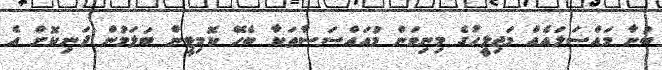
ބުނާ މައްސަލައެއް މަޖިލީހުގެ މިނިވަން މުއައްސަސާތަކާ ބެހޭ ކޮމިޓީން ބަލަމުން ދަނިކޮށް އެ